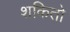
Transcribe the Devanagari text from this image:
शकितो